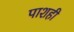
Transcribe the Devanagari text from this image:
पाशही